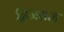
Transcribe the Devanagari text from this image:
द्विजराज